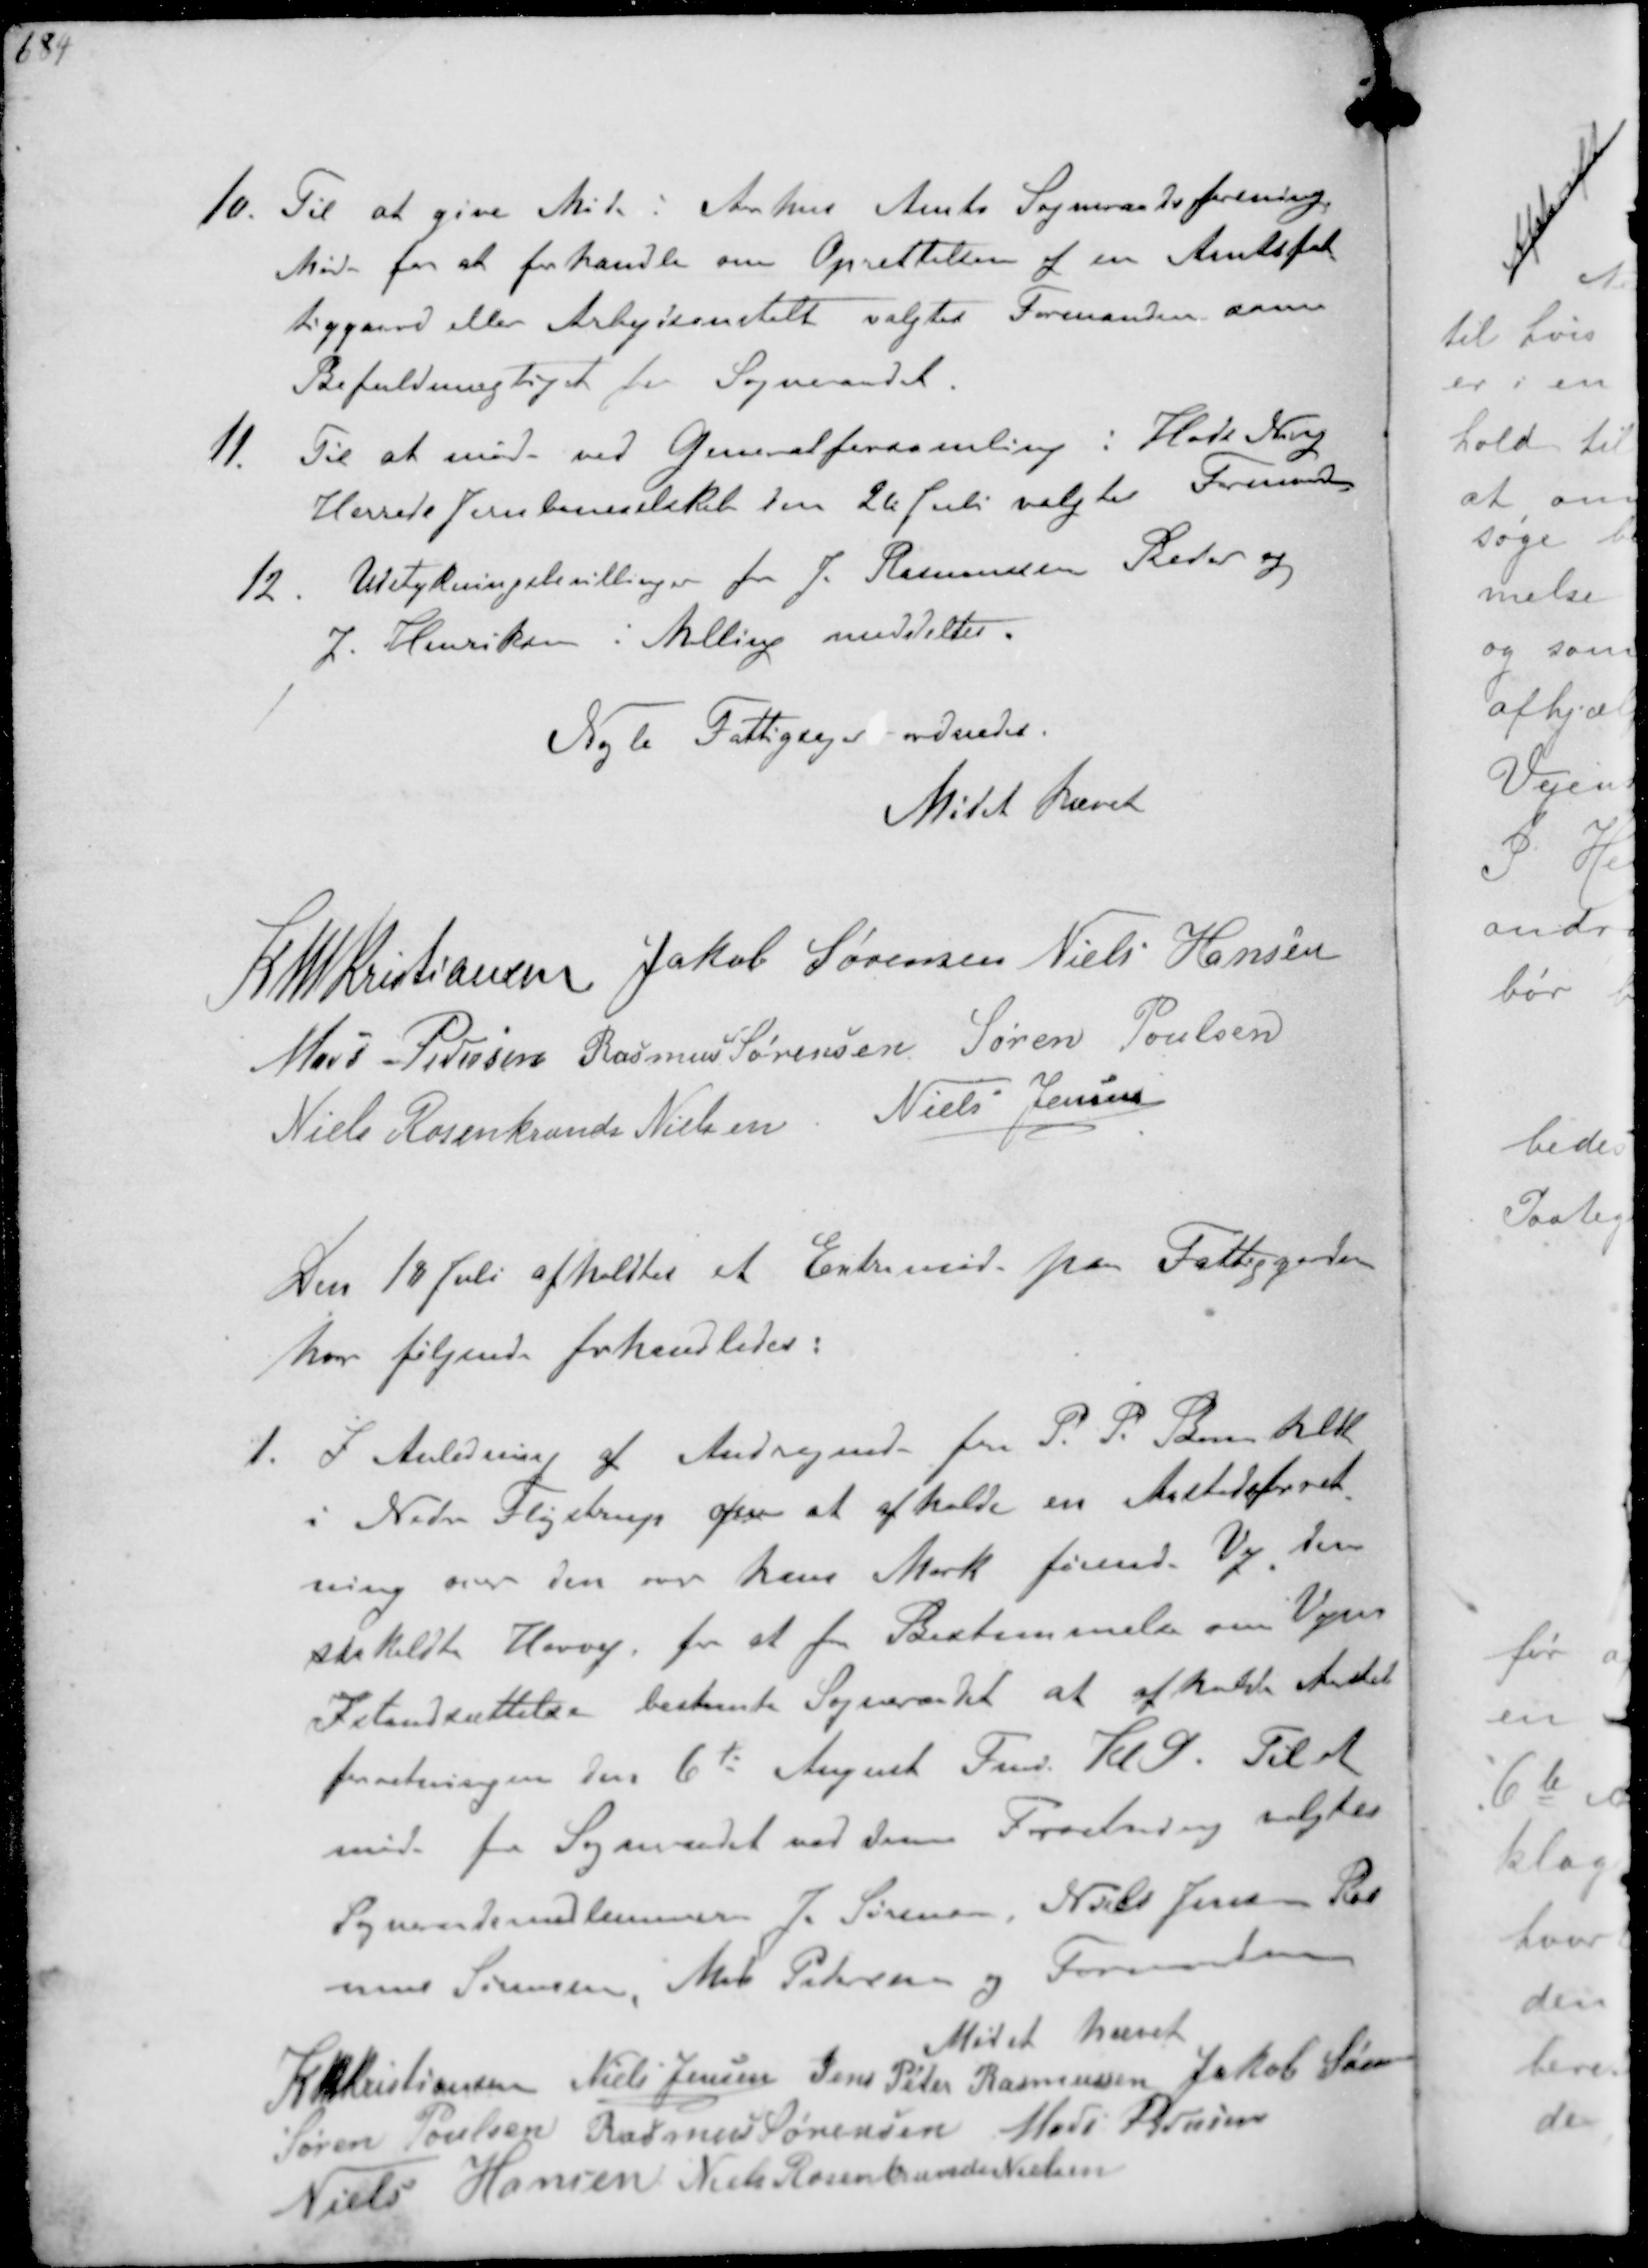
Transskription:
10. Til at give Møde i Aarhus Amts Sogneraadsforenings
Møde for at forhandle om Oprettelsen af en Amtsfat-
tiggaard eller Arbejdsanstalt valgtes Formanden som
Befuldmægtiget for Sogneraadet
11. Til at møde ved Generalforsamling i Hads Ning
Herreds Jernbaneselskab den 26 Juli valgtes Formanden
12. Udstykningsbevillinger for J Rasmussen Beder og
J Henriksen i Malling meddeltes.

Nogle Fattigsager ordnedes.

Mødet hævet

K N M Kristiansen Jakob Sørensen Niels Hansen
Mads Pedersen Rasmus Sørensen Søren Poulsen
Niels Rosenkrands Nielsen Niels Jensen

Den 18 Juli afholdtes et Extramøde paa Fattiggarden
hvor følgende forhandledes:
1. I Anledning af Andragende fra P. P. Bomholdt
i Neder Fløjstrup om at afholde en Aastedsforret-
ning over den over hans Mark førende Vej den
saakaldte Havvej for at faa Bestemmelse om Vejens
Istandsættelse bestemte Sogneraadet at afholde Aasteds-
forretningen den 6te August Fmd. Kl. 9 Til at
møde for Sogneraadet ved denne Foretning valgtes
Sogneraadsmedlemmer J. Søren Niels Jensen Ras-
mus Sørensen Mads Pedersen og Formanden
Mødet hævet
K N M Kristiansen Niels Jensen Jens Peter Rasmussen Jakob Sørensen
Søren Poulsen Rasmus Sørensen Mads Pedersen
Niels Hansen Niels Rosenkrands Nielsen